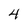
Character: 4